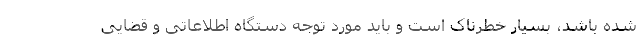
شده باشد، بسیار خطرناک است و باید مورد توجه دستگاه اطلاعاتی و قضایی